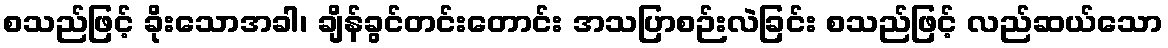
စသည်ဖြင့် ခိုးသောအခါ၊ ချိန်ခွင်တင်းတောင်း အသပြာစဉ်းလဲခြင်း စသည်ဖြင့် လည်ဆယ်သော